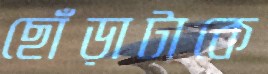
ছোঁড়াটাকে